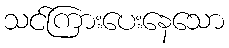
သင်ကြားပေးနေသော